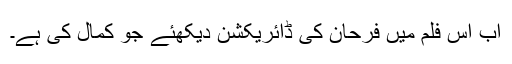
اب اس فلم میں فرحان کی ڈائریکشن دیکھئے جو کمال کی ہے۔